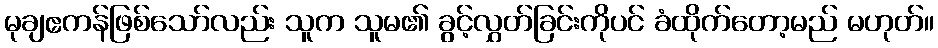
မုချဧကန်ဖြစ်သော်လည်း သူက သူမ၏ ခွင့်လွှတ်ခြင်းကိုပင် ခံထိုက်တော့မည် မဟုတ်။